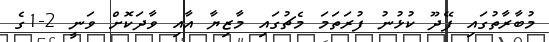
މުބާރާތުގައި ފޭދޫ ކުޅުނު ފުރަތަމަ މެޗުގައި މާޒިޔާ އާއި ވާދަކޮށް ވަނީ 2-1ގެ